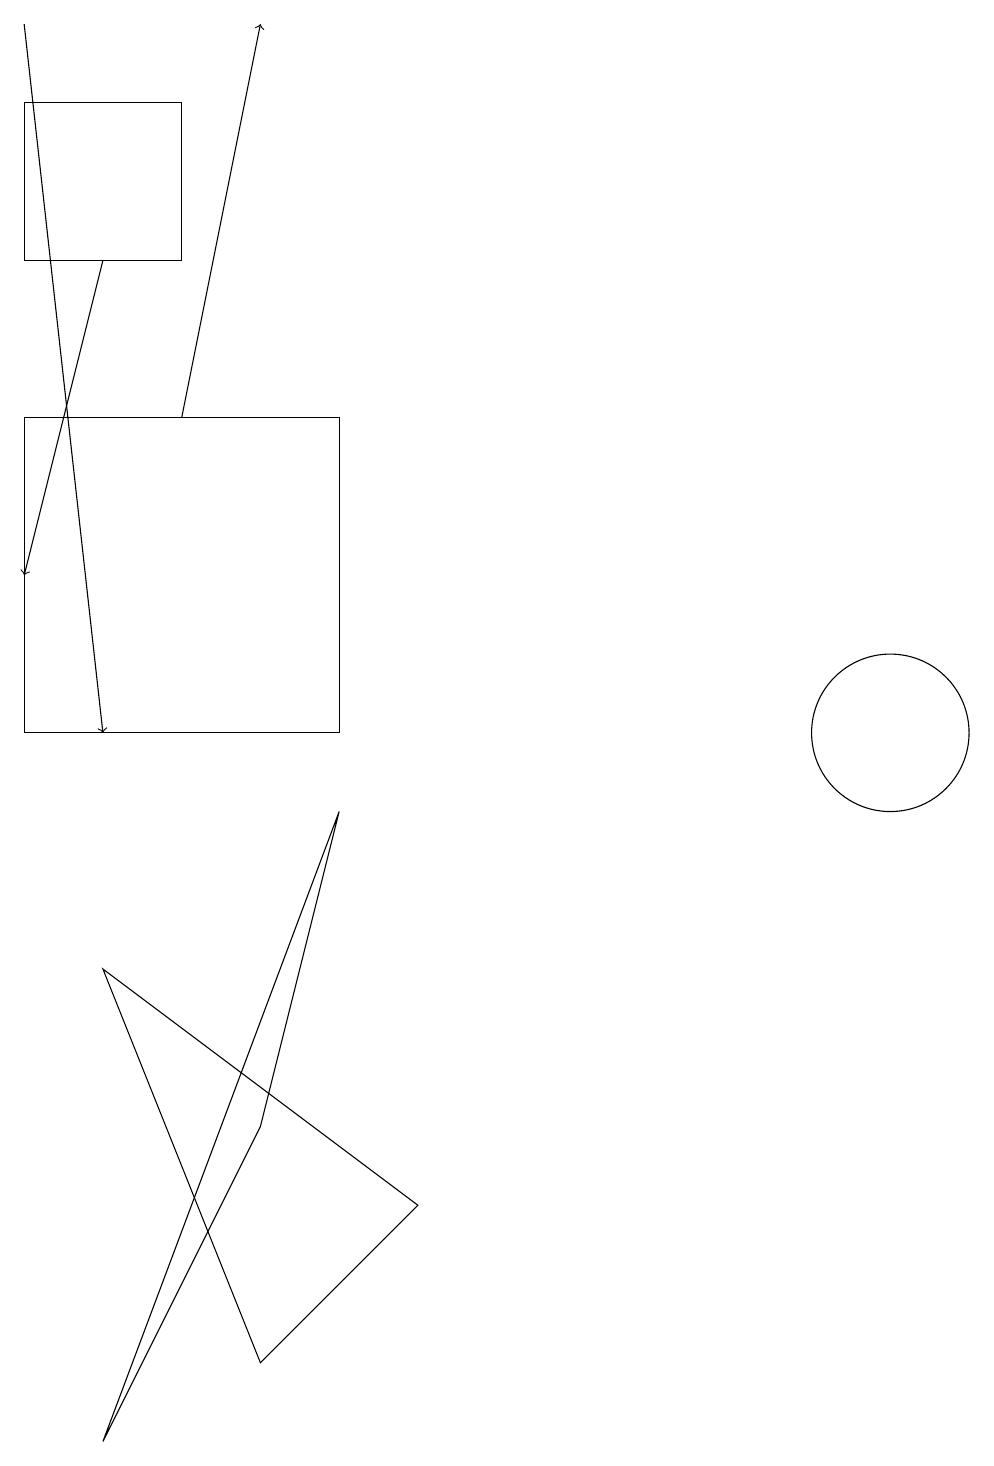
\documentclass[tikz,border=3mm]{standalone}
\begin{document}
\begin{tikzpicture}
\draw (12,10) circle (1);
\draw (1,14) rectangle (5,10);
\draw (6,4) -- (2,7) -- (4,2) -- cycle;
\draw[->] (2,16) -- (1,12);
\draw[->] (3,14) -- (4,19);
\draw (3,18) rectangle (1,16);
\draw[->] (1,19) -- (2,10);
\draw (2,1) -- (4,5) -- (5,9) -- cycle;
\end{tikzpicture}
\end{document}